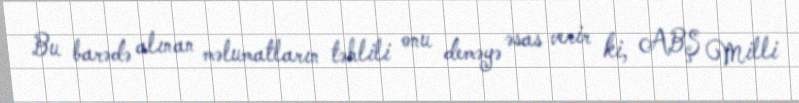
Bu barədə alınan məlumatların təhlili onu deməyə əsas verir ki, ABŞ Milli